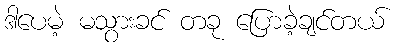
ဒါပေမဲ့ မသွားခင် တခု ပြောခဲ့ချင်တယ်